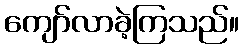
ကျော်လာခဲ့ကြသည်။